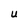
Character: U